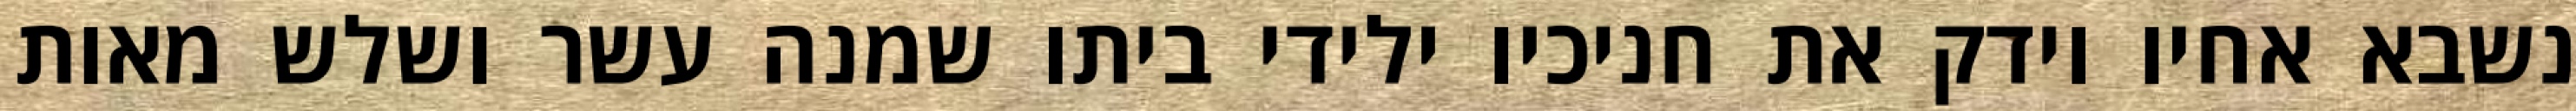
נשבא אחיו וידק את חניכיו ילידי ביתו שמנה עשר ושלש מאות